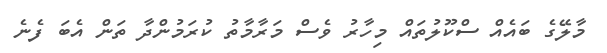
މާލޭގެ ބައެއް ސްކޫލުތައް މިހާރު ވެސް މަރާމާތު ކުރަމުންދާ ތަން އެބަ ފެނެ